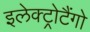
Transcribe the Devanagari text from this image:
इलेक्ट्रोटैंगो